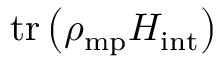
\mathrm { t r } \left( \rho _ { \mathrm { m p } } H _ { \mathrm { i n t } } \right)